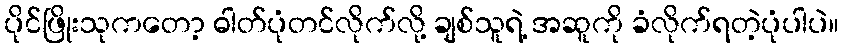
ပိုင်ဖြိုးသုကတော့ ဓါတ်ပုံတင်လိုက်လို့ ချစ်သူရဲ့ အဆူကို ခံလိုက်ရတဲ့ပုံပါပဲ။